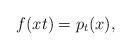
LaTeX: \begin{align*}f(xt)= p_t(x),\end{align*}